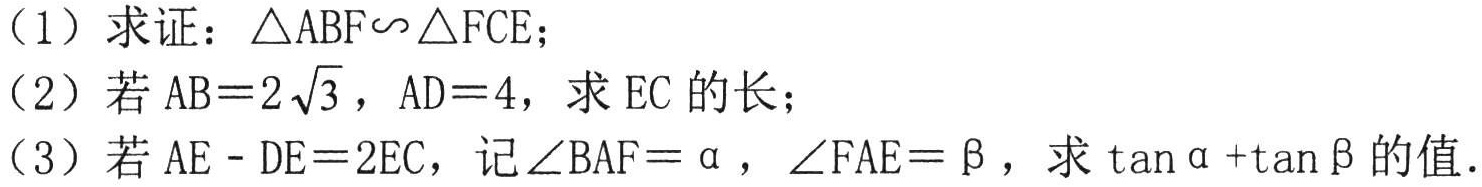
（1）求证：\(\triangle ABF\sim\triangle FCE\)；
（2）若\(AB = 2\sqrt{3}\)，\(AD = 4\)，求\(EC\)的长；
（3）若\(AE - DE = 2EC\)，记\(\angle BAF=\alpha\)，\(\angle FAE = \beta\)，求\(\tan\alpha+\tan\beta\)的值.